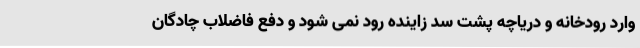
وارد رودخانه و دریاچه پشت سد زاینده رود نمی شود و دفع فاضلاب چادگان